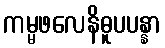
ကမ္မဖလေနိဓူပပန္နာ